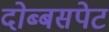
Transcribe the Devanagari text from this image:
दोब्बसपेट